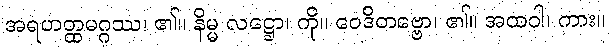
အရဟတ္ထမဂ္ဂဿ၊ ၏။ နိမ္မ လဋ္ဌော၊ ကို။ ဝေဒိတဗ္ဗော၊ ၏။ အထဝါ၊ ကား။